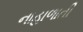
નાહાળાતી